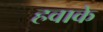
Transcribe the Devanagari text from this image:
हवाके